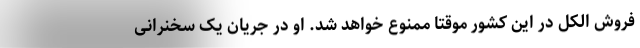
فروش الکل در این کشور موقتا ممنوع خواهد شد. او در جریان یک سخنرانی